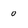
Character: 0